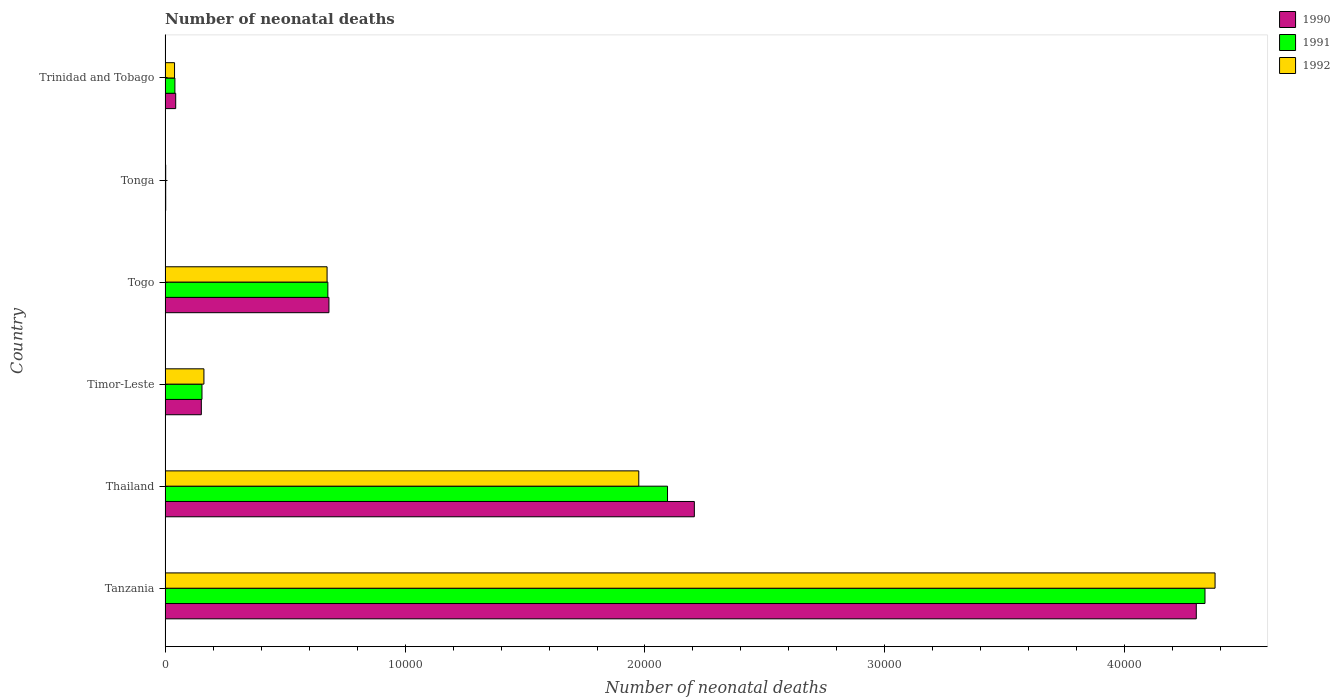
| Country | 1990 | 1991 | 1992 |
 | --- | --- | --- | --- |
 | Tanzania | 4.3e+04 | 4.33e+04 | 4.38e+04 |
 | Thailand | 2.21e+04 | 2.09e+04 | 1.97e+04 |
 | Timor-Leste | 1.51e+03 | 1.54e+03 | 1.62e+03 |
 | Togo | 6.83e+03 | 6.78e+03 | 6.75e+03 |
 | Tonga | 26 | 25 | 25 |
 | Trinidad and Tobago | 442 | 409 | 394 |